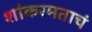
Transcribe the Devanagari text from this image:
शांकरमताचं